Statistics of inoculations with Haffkine's anti-plague vaccine 1897-1900
Year: 1897
Disease focus: Plague
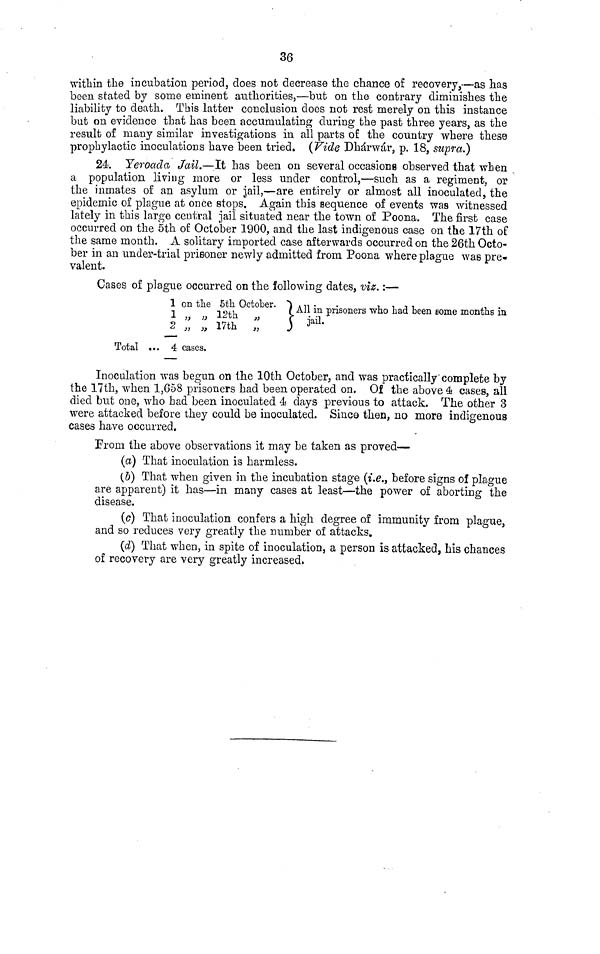
36
within the incubation period, does not decrease the chance of recovery,—as has
been stated by some eminent authorities,—but on the contrary diminishes the
liability to death. This latter conclusion does not rest merely on this instance
but on evidence that has been accumulating during the past three years, as the
result of many similar investigations in all parts of the country where these
prophylactic inoculations have been tried. (Vide Dhárwár, p. 18, supra.)
24. Yeroada, Jail.—It has been on several occasions observed that when
a population living more or less under control,—such as a regiment, or
the inmates of an asylum or jail,—are entirely or almost all inoculated, the
epidemic of plague at once stops. Again this sequence of events was witnessed
lately in this large central jail situated near the town of Poona. The first case
occurred on the 5th of October 1900, and the last indigenous case on the 17th of
the same month. A solitary imported case afterwards occurred on the 26th Octo-
ber in an under-trial prisoner newly admitted from Poona where plague was pre-
valent.
Cases of plague occurred on the following dates, viz. :—
1 on the 5th October. ")
1 „ ,, 12th
„
)
2 „ „ 17th
„
)
Total ... 4 cases.
All in prisoners who had been some months in
jail.
Inoculation was begun on the 10th October, and was practically'complete by
the 17th, when 1,658 prisoners had been operated on. Of the above 4 cases, all
died but one, who had been inoculated 4 days previous to attack. The other 3
were attacked before they could be inoculated. Since then, no more indigenous
cases have occurred.
From the above observations it may be taken as proved—
(a) That inoculation is harmless.
(b) That when given in the incubation stage (i.e., before signs of plague
are apparent) it has—in many cases at least—the power of aborting the
disease.
(c) That inoculation confers a high degree of immunity from plague,
and so reduces very greatly the number of attacks.
(d) That when, in spite of inoculation, a person is attacked, his chances
of recovery are very greatly increased,